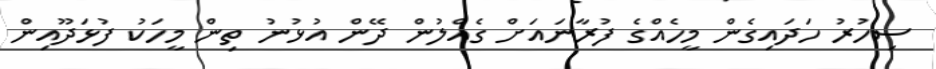
ސިހުރު ހަދައިގެން މީހެއްގެ ފުރާނައަށް ގެއްލުން ދޭން އުޅުނު ތިން މީހަކު ފުޅަދޫއިން